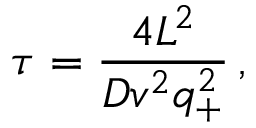
\tau = \frac { 4 L ^ { 2 } } { D v ^ { 2 } q _ { + } ^ { 2 } } \, ,